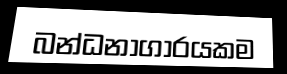
බන්ධනාගාරයකම